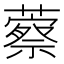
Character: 䕓